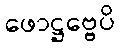
ဖောဋ္ဌဗ္ဗေပိ